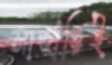
সার্জারিই